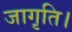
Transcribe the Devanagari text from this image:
जागृति।